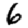
Digit: 6